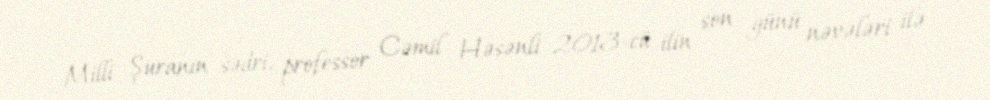
Milli Şuranın sədri, professor Cəmil Həsənli 2013-cü ilin son günü nəvələri ilə